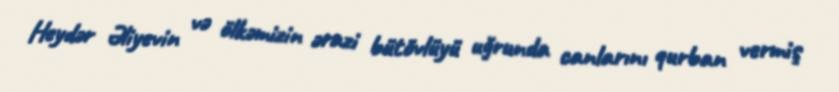
Heydər Əliyevin və ölkəmizin ərazi bütövlüyü uğrunda canlarını qurban vermiş